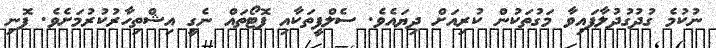
ނުކުމެ ގުދުގުދުލާފައިވާ މަގުތަކުން ކުރިއަށް ދިޔައެވެ. ސެލްފީތަކާއި ފޮޓޯތައް ނެގީ އިޝްތިހާރުކުރުމަށެވެ. ފޮނި